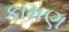
કામણ